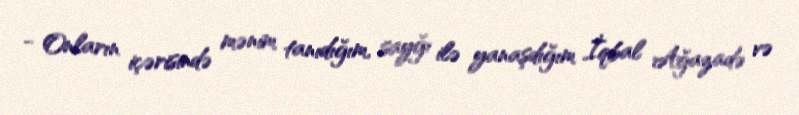
- Onların içərisində mənim tanıdığım, sayğı ilə yanaşdığım İqbal Ağazadə və